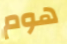
هوم